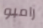
رامبو